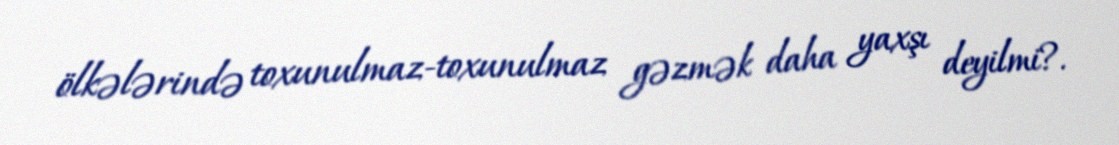
ölkələrində toxunulmaz-toxunulmaz gəzmək daha yaxşı deyilmi?.